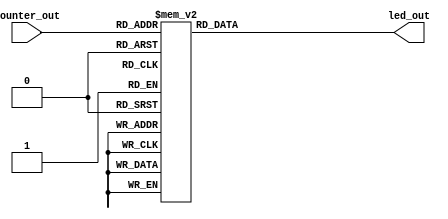
module LED_display (
                    input       [4:0]   counter_out,
                    output reg  [15:0]  led_out
						  );
    
	 
	 always @(counter_out) begin
        case (counter_out)
            5'b00000: led_out = 16'b0000_0000_0000_0000;
            5'b00001: led_out = 16'b0000_0000_0000_0001;
            5'b00010: led_out = 16'b0000_0000_0000_0011;
            5'b00011: led_out = 16'b0000_0000_0000_0111;
            5'b00100: led_out = 16'b0000_0000_0000_1111;
            5'b00101: led_out = 16'b0000_0000_0001_1111;
            5'b00110: led_out = 16'b0000_0000_0011_1111;
            5'b00111: led_out = 16'b0000_0000_0111_1111;
            5'b01000: led_out = 16'b0000_0000_1111_1111;
            5'b01001: led_out = 16'b0000_0001_1111_1111;
            5'b01010: led_out = 16'b0000_0011_1111_1111;
            5'b01011: led_out = 16'b0000_0111_1111_1111;
            5'b01100: led_out = 16'b0000_1111_1111_1111;
            5'b01101: led_out = 16'b0001_1111_1111_1111;
            5'b01110: led_out = 16'b0011_1111_1111_1111;
            5'b01111: led_out = 16'b0111_1111_1111_1111;
            5'b10000: led_out = 16'b1111_1111_1111_1111;
            default:  led_out = 16'b0000_0000_0000_0000;
        endcase
    end
    
endmodule